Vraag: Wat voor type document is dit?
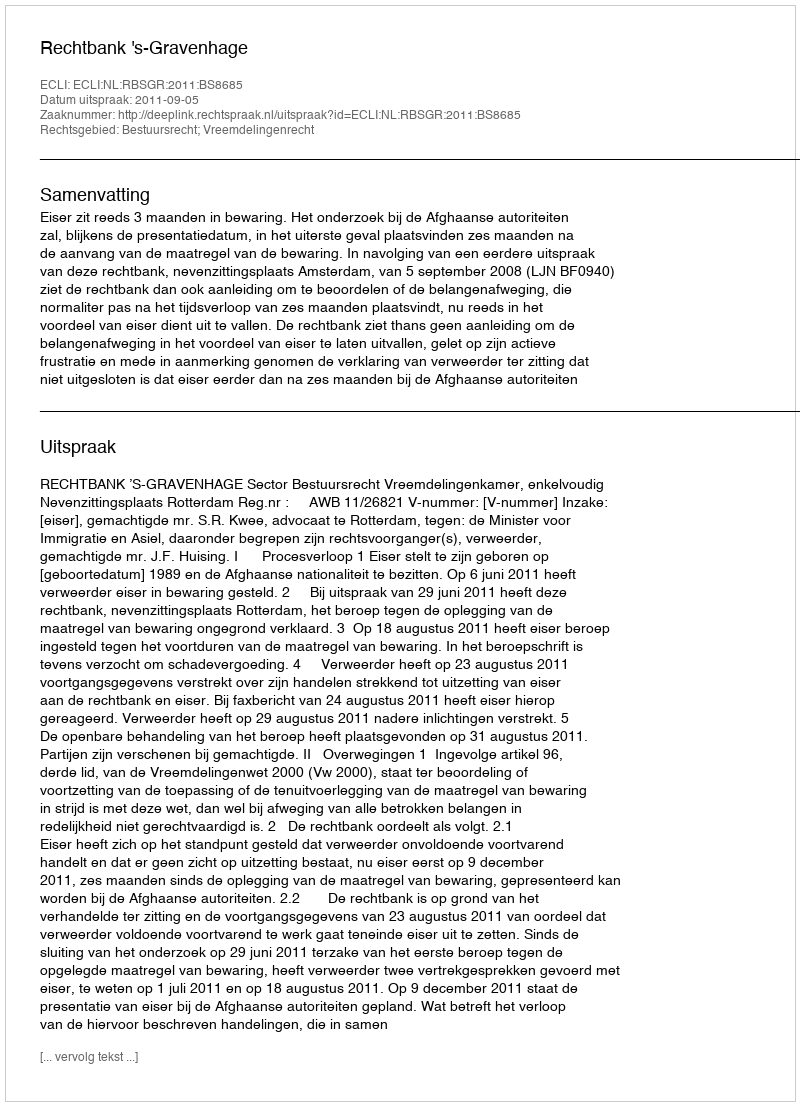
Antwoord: Uitspraak